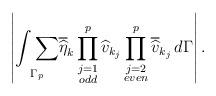
LaTeX: \begin{align*} \left|\underset{\Gamma_p}{\int\sum}\overline{\widehat{\eta}}_k\prod_{\substack{j=1\\odd}}^{p}\widehat{v}_{k_j}\prod_{\substack{j=2\\even}}^p\overline{\widehat{v}}_{k_j}\,d\Gamma\right|.\end{align*}